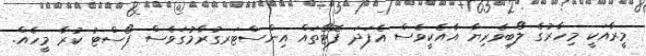
މީރާއަކީ މިހާރުގެ ލޯބިވެރިޔާ އާއެކީވެސް އެފަދަ ފޮޓޯތައް އިންސްޓަރގުރާމުގަވެސް ޕޯސްޓު ކުރާ މީހެއް.